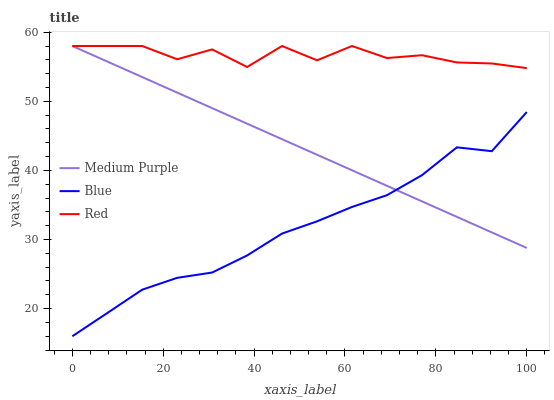
| xaxis_label | Medium Purple | Blue | Red |
 | --- | --- | --- | --- |
 | 0 | 58 | 16 | 58 |
 | 7.69 | 55.8 | 19.4 | 58 |
 | 15.4 | 53.5 | 22.7 | 58 |
 | 23.1 | 51.3 | 24.5 | 56.1 |
 | 30.8 | 49 | 25.2 | 57.5 |
 | 38.5 | 46.8 | 27.7 | 55 |
 | 46.2 | 44.5 | 30.9 | 58 |
 | 53.8 | 42.3 | 32.6 | 55.9 |
 | 61.5 | 40 | 34.7 | 58 |
 | 69.2 | 37.8 | 36.4 | 56.3 |
 | 76.9 | 35.5 | 39.3 | 56.7 |
 | 84.6 | 33.3 | 43.3 | 55.6 |
 | 92.3 | 31 | 42.8 | 55.5 |
 | 100 | 28.8 | 48.4 | 54.8 |